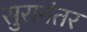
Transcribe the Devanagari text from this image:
सुरानंतर